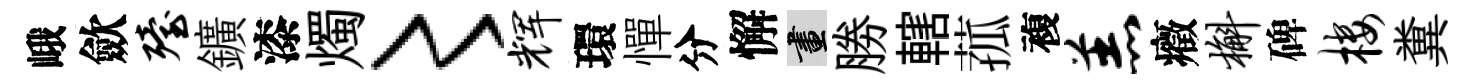
峨歛殪鑛漆燭〻辉環憚分懈畫勝轄菰複羔癥槲碑楼糞